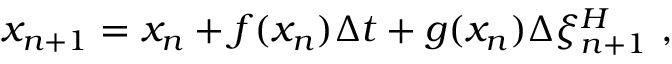
x _ { n + 1 } = x _ { n } + f ( x _ { n } ) \Delta t + g ( x _ { n } ) \Delta \xi _ { n + 1 } ^ { H } \ ,